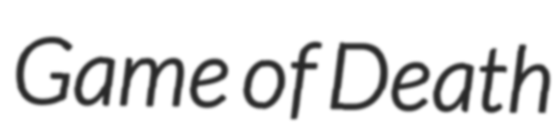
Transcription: Game of Death